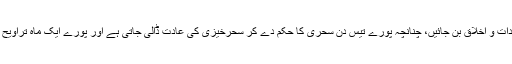
پورے ایک ماہ یہ ریاضت کرانے کا مقصد یہی ہے کہ یہ خصلتیں مستقل عادات و اخلاق بن جائیں، چنانچہ پورے تیس دن سحری کا حکم دے کر سحرخیزی کی عادت ڈالی جاتی ہے اور پورے ایک ماہ تراویح کا حکم دے کر شب میں کثرت سے نفلیں پڑھنے کی عادت ڈالنا مطلوب ہے۔